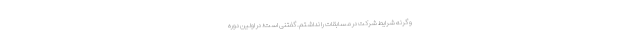
و گرنه شرایط شرکت در مسابقات را نداشتم. گفتنی است؛ در اولین دوره